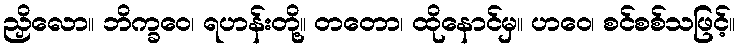
ညှိလော။ ဘိက္ခဝေ၊ ရဟန်းတို့။ တတော၊ ထိုနောင်မှ။ ဟဝေ၊ စင်စစ်သဖြင့်။